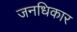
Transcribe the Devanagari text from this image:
जनधिकार